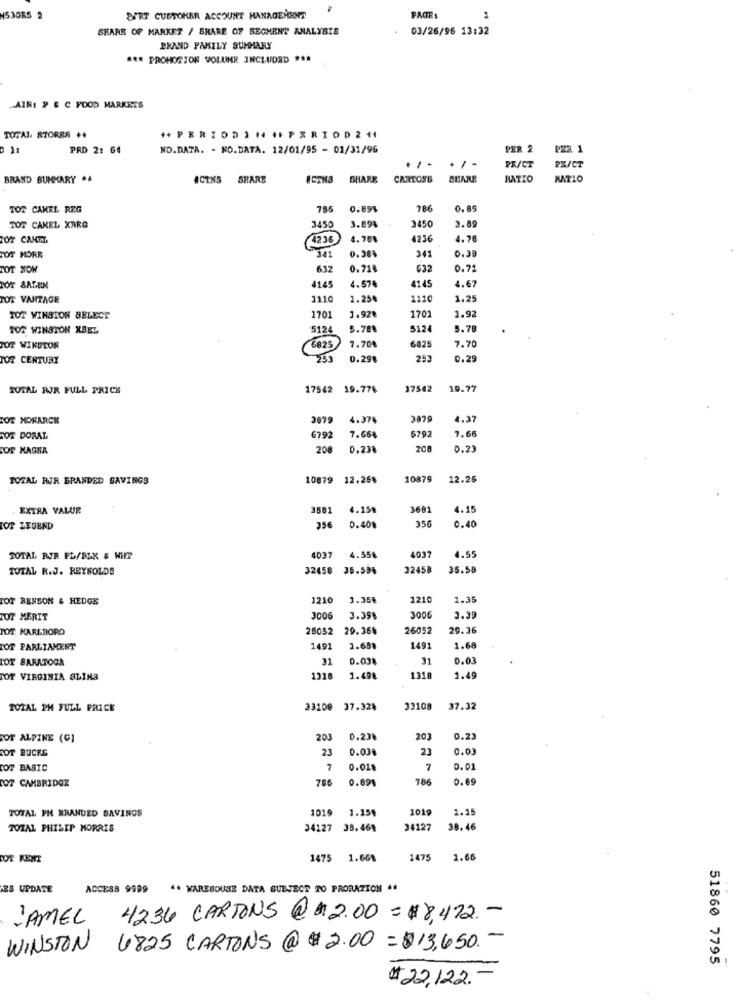
453085 2
BORT CUSTOMER ACCOUNT HANAGEFOORT
PAGE:
1
SHARE OF MARKET / SHARE OF SEGMENT ANALYSIS
03/26/96 13:32
BRAND FAMILY SUMMARY
*** PROHORION VOLUNE INCLUDED *..
.AINt P & C FOOD MARKETS
TOTAL. STOREA ++
++ PERIOD IN IF PERIOD 2 +1
21
PRD 2: 64
NO.DATA. - NO.DATA. 12/01/95 - 01/31/96
PER 2
PER 1
PR/CT
+ / -
PX/CT
BRAND BUMKARY .4
ACTNS
SHARE
SHARE
CARTONB
SHARE
RATIO
RATIO
TOT CANEL REG
755
0.89%
786
TOT CANEL XARG
3450
3.89%
3450
3.89
TOT CANEL
4236
4.768
4236
4.76
341
0.38
TOT MORE
0.384
341
TOT NOW
632
0.71
632
0.71
4.67
4145
4.57€
4145
TOT VANTAGE
1110
1.25
113
1.25
1.92
TOT WINSTON SELECT
1701
1.92
1701
TO2 WINSTON XBEL
5124
5.78%
5124
5.78
6825
OT WINSTON
7.70%
6825
7.70
TOT CENTURY
0.29%
253
0.29
TOTAL RJR FULL PRICE
17542 19.776
17542
10.77
TOT NORARCH
3879
4.374
3879
4.37
5792
7,66
TOT DORAL
6792
7.66%
OF KAGER
208
0.238
0.23
TOTAL RJR BRANDED SAVINGS
10879
12.25%
10879
12.26
EXTRA VALUE
3501
4.158
3681
4.15
356
OF LEGEND
356
0.408
0.40
4.55
TOTAL RJR FL/BLK & WHIP
4037
4.558
4037
TOTAL R.J. REYNOLDS
32458 35.59%
32458
35.58
TOT BENSON & HEDGE
1210
1.35%
121
1.35
TOT MERIT
3006
3.39
3006
3.39
TOT KAREAORD
25052
29.36%
26052
29.36
IOF PARLIAMENT
1491
1.699
1491
1.68
TOT BARATOGA
31
0.03
31
0.03
TOT VIRGINIA SLINA
1318
1.498
1318
1.49
TOTAL PH FULL PRICE
33109 37.32%
33108
37.32
SOT ALPINE (G)
203
0.23%
203
0.23
TOT BUCKS
23
0.03
23
0.03
COT BASIC
7
0.018
7
0.01
OT CAMBRIDGE
786
0.691
786
0.69
TOTAL PH BRANDED SAVINGS
101
1.15
1019 1.159
TOTAL PHILIP MORRIS
34127 38.464
34127
38,46
SOT KENT
1475 1.661
1475
1.66
ES UPDATE
ACCESS 9999 4. WAREHOUSE DATA SUBJECT TO PROBATION **
JAMEL 4236 CARTONS @ 12.00=#8,472. -
WINSTON 6825 CARTONS @ # 2.00 = $13,650 .-
51860 7795
-
#22.122.